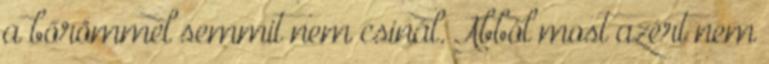
a bőrömmel semmit nem csinál. Abból most azért nem